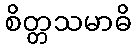
စိတ္တသမာဓိ